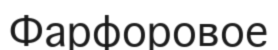
Фарфоровое